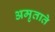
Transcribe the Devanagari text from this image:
अमृताते